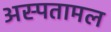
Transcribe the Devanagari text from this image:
अस्पतामल